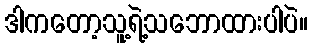
ဒါကတော့သူ့ရဲ့သဘောထားပါပဲ။